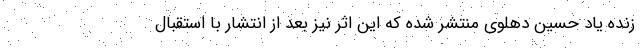
زنده یاد حسین دهلوی منتشر شده که این اثر نیز بعد از انتشار با استقبال